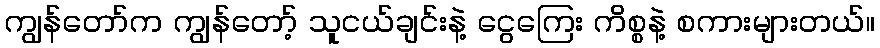
ကျွန်တော်က ကျွန်တော့် သူငယ်ချင်းနဲ့ ငွေကြေး ကိစ္စနဲ့ စကားများတယ်။